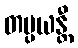
တပ္ပယန္တီ